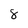
Character: 8